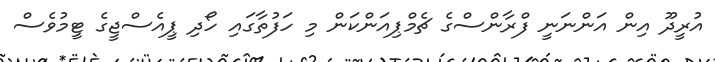
އުރީދޫ އިން އަންނަނީ ފްރާންސްގެ ޗެމްޕިއަންކަން މި ހަފުތާގައި ހޯދި ޕީއެސްޖީގެ ޓީމުވެސް